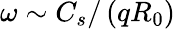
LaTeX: \omega\sim C_{s}/\left(qR_{0}\right)